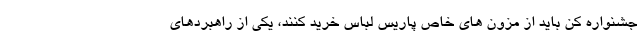
جشنواره کن باید از مزون های خاص پاریس لباس خرید کنند، یکی از راهبردهای